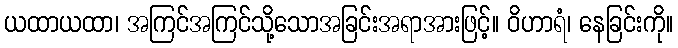
ယထာယထာ၊ အကြင်အကြင်သို့သောအခြင်းအရာအားဖြင့်။ ဝိဟာရံ၊ နေခြင်းကို။